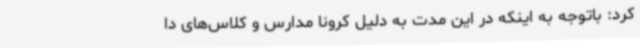
کرد: باتوجه به اینکه در این مدت به دلیل کرونا مدارس و کلاس‌های دا